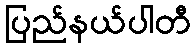
ပြည်နယ်ပါတီ